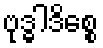
ဗုဒ္ဓါဒိစ္စေ